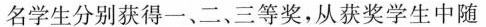
名学生分别获得一、二、三等奖，从获奖学生中随